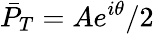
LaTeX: \bar{P}_{T}=Ae^{i\theta}/2